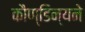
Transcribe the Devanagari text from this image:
कौण्डिन्यने